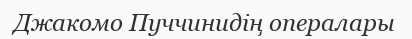
Джакомо Пуччинидің опералары